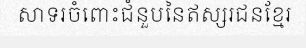
សាទរចំពោះជំនួបនៃឥស្សរជនខ្មែរ